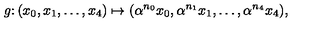
g \colon ( x _ { 0 } , x _ { 1 } , \ldots , x _ { 4 } ) \mapsto ( \alpha ^ { n _ { 0 } } x _ { 0 } , \alpha ^ { n _ { 1 } } x _ { 1 } , \ldots , \alpha ^ { n _ { 4 } } x _ { 4 } ) ,